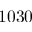
1 0 3 0